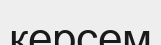
керсем